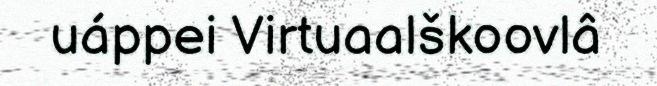
uáppei Virtuaalškoovlâ